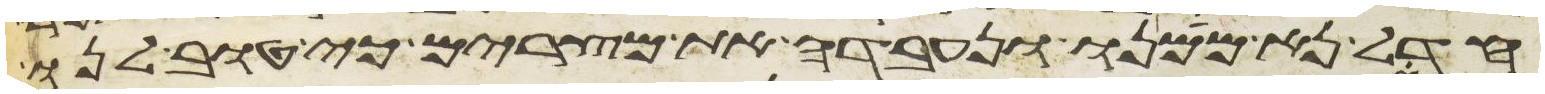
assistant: חדל נא ממנו ונעבדה את מצרים כי טוב לנו